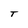
Character: T